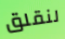
لنقلق